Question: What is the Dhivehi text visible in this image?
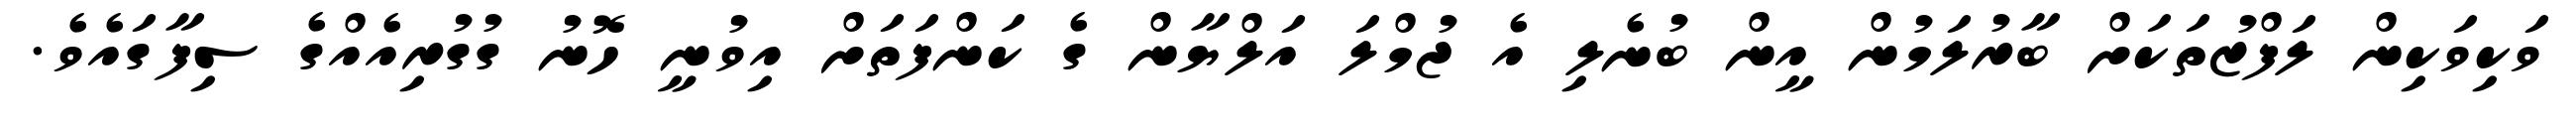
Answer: ވަކިވަކިން ލަފްޒުތަކަށް ބާރުލަމުން އީން ބުނެލި އެ ޖުމްލަ އަލްޔާން ގެ ކަންފަތަށް އިވުނީ ހޮނު ގުގުރިއެއްގެ ސިފާގައެވެ.